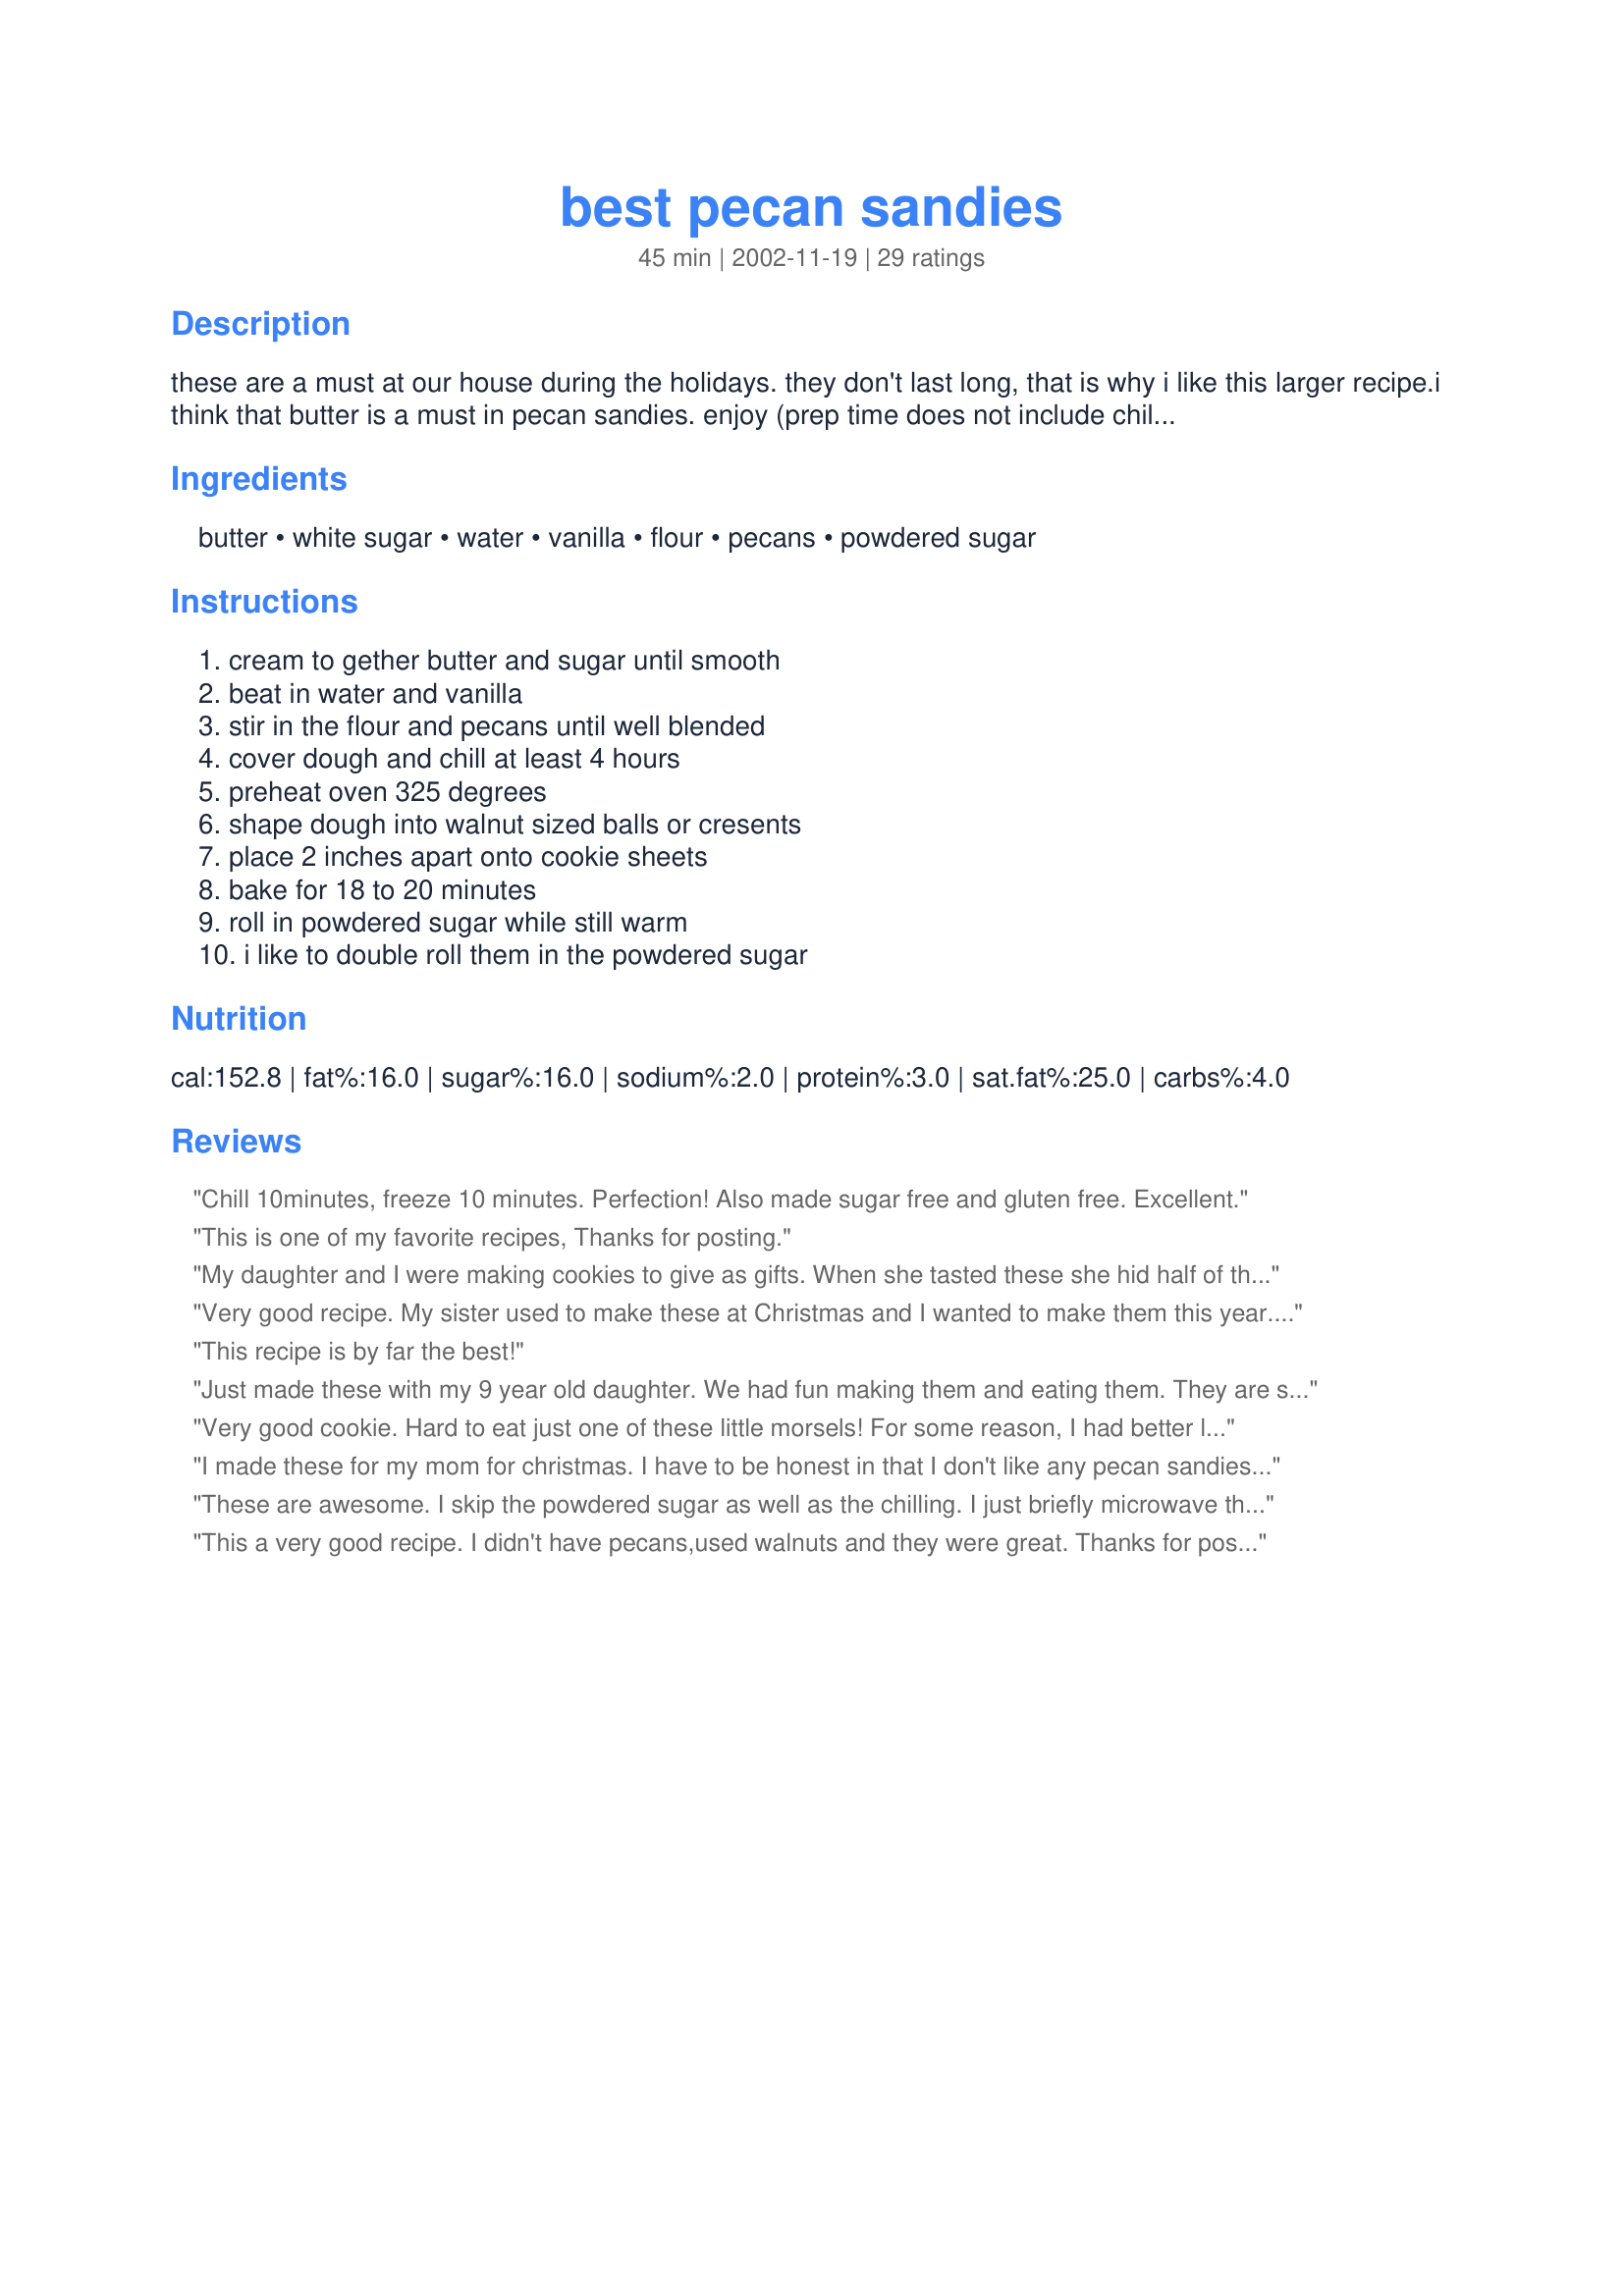
best pecan sandies
Preparation time: 45 minutes

these are a must at our house during the holidays. they don't last long, that is why i like this larger recipe.i think that butter is a must in pecan sandies. enjoy (prep time does not include chill time.)

Ingredients:
butter, white sugar, water, vanilla, flour, pecans, powdered sugar

Steps:
cream to gether butter and sugar until smooth, beat in water and vanilla, stir in the flour and pecans until well blended, cover dough and chill at least 4 hours, preheat oven 325 degrees, shape dough into walnut sized balls or cresents, place 2 inches apart onto cookie sheets, bake for 18 to 20 minutes, roll in powdered sugar while still warm, i like to double roll them in the powdered sugar

Reviews:
Chill 10minutes, freeze 10 minutes. Perfection! Also made sugar free and gluten free. Excellent.
This is one of my favorite recipes, Thanks for posting.
My daughter and I were making cookies to give as gifts. When she tasted these she hid half of them so I wouldn't put them in the baskets. They are more then a 5 for sure. I only put sugar on half of them because they are so good on their own. Thanks for a great recipe.
Very good recipe. My sister used to make these at Christmas and I wanted to make them this year. The only problem I encountered was that I shaped the cookies into cresents which had a tendency to break apart when I coated them with powdered sugar. I recomend shaping these into balls!

Thanks.
This recipe is by far the best!
Just made these with my 9 year old daughter. We had fun making them and eating them. They are so easy to make and I like them better without the powdered sugar. Make sure they cool before rolling them in it or the sugar will melt!
Very good cookie. Hard to eat just one of these little morsels! For some reason, I had better luck rolling the cookies in the powdered sugar after they were cooled, not while warm. I think next time, I may try dipping some of them in melted chocolate. These will be on my yearly Holiday cookie tray from now on, as well. Thank you for sharing.
I made these for my mom for christmas. I have to be honest in that I don't like any pecan sandies so these are not my favorite. but my kids and husband have been snatching them up pretty quickly to dunk in their milk and coffee. The recipie was easy and went to gether quickly. I made all the dough into balls, and let my 2 yr old put them on the pans when it was time to cook them. I used half butter half butter flavored crisco, half course chopped pecans and half finely chopped.
These are awesome. I skip the powdered sugar as well as the chilling. I just briefly microwave the butter so it&#039;s malleable enough to work with but not so soft that they would lose their form when you&#039;re shaping. Chilling for hours would just make it a tremendous pain to shape. I also add two cups of dried cranberries. Be sure to use a huge bowl or you&#039;ll make a mess.
This a very good recipe. I didn't have pecans,used walnuts and they were great. Thanks for posting
Excellent recipe! My one difficulty was with the chilling of the dough. I did cool it in the frig overnight, and the dough became quite unmanageable. (My frig is pretty cold.) Next time I'll chill it just about an hour so the cookie scoop can still work.
Thanks, Barb! These little gems are also part of my childhood. I think they taste a little like heaven must taste. This is an absolutely perfect recipe.
My Mom has been making these for us since we were kids...they have always been one of my favorites!! I go the recipe from her, but it was scribbled down and missing a step - your recipe is the same..thanks for posting!

Note: I like to toast in pecans butter in a frying pan for 4-5 minutes over medium to medium high heat just to give a little flavor and different texture. Can't say which way I like more as they are both delicious!
I loved these. I prefer them without the powdered sugar, just a hint of sweetness. I agree with the other reviewer, they are too delicate for a cresent shape. I refridgerated them overnight and they were hard to shape even into balls. They don't spread much so you can space them closer if you like.
Delicious!
Outstanding cookie. Besides being delicious they are super simple to make. I made them for my holiday cookie plates and everyone wanted the recipe. I agree with others that you can put these closer than 2" apart as they do not spread at all.
These were fantastic!
These were really good. I did have to bake them an extra 5 minutes or so, but that could be my oven, etc. Toasting the pecans first definitely added alot of flavor. I used a small scoop and got 46 of these out of the recipe. Thanks for sharing.
I LOVE these.......will be a part of my regular Xmas Cookie trays from here on in.
Yummy! My mom is going to love these when I bring some home for Christmas. She is a big fan of pecans and this is right up her alley. Of couse the man and I also really like them. I double rolled them in the sugar like Barb suggested. I will say that these don't really spread much while baking so I was able to put them pretty close together. Thanks Barb for a new Christmas cookie standard!
These little gems are addicting!
Very good cookie! I cut the recipe in half, as I am the only one in the family that will eat nuts, and I LOVE pecans! The recipe turned out fine with only half.
This was my first time attempting pecan sandies and they were AMAZING!!! I made them this past Christmas for my husband's job and they were a hit! Of course I had taste-tested about a dozen! Lol I'm making them again tonight for New Year's. I definitely encourage anyone to try them as it is a quick, easy, affordable and YUMMY recipe. Thank you very much for sharing!
Delicious!! I followed the recipe except for chilling the dough, since other reviewers had trouble with it. I was able to form crescent shapes without any problem. I also cut the recipe in half and made only 24. I must say they were scrumptious! I say WERE because they didn&#039;t last very long! I plan on making these often!
These cook up light. I think next time I will brown the pecans first. I double rolled them in the powered sugarâ€¦ perfection!
The dough was too cold, so I used a melon-baller to shape the dough. They baked down into nice little half domes. We also used a large mesh strainer at the bottom of a shallow bowl to sprinkle, roll and shake off excess powder sugar and avoid clumps. We make ours with walnuts and some with walnuts and dried cranberries. We should have used unsalted butter, but they still satisfied.
Yummy!
These cookies were very very good. They are like mexican wedding cookies or little balls of shortbread with pecans inside. I am on this crazy pecan loving kick right now so they were perfect for me. Just what I was looking for. Very easy and absolutely no complications. Practically idiot proof.
Wonderful recipe! I didn't have 4 hours to chill the dough, but it seemed to work fine after only 2 1/2 hours in the frige. I highly recommend a stand mixer as the dough gets harder to mix as you add the flour. I used a small 1.5" ice-cream type scoop, then flattened the balls just slightly. I did double roll with powdered sugar, as the first coat seemed to soak into the cookie. (You can never have too much sugar, in my opinion!) Everyone loved them, and I will definitely make again! Thanks, Barb!
